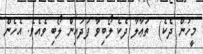
މީހުން ދެކެ)  ތަޢާލާ ދެކެ ލޯބިވާ ފަދައިން ލޯބި ވެއެވެ. އެހެން